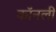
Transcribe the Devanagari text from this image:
कॉनली